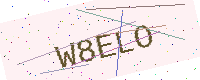
Text: W8ELO